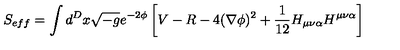
S _ { e f f } = \int d ^ { D } x \sqrt { - g } e ^ { - 2 \phi } \left[ V - R - 4 ( \nabla \phi ) ^ { 2 } + \frac { 1 } { 1 2 } H _ { \mu \nu \alpha } H ^ { \mu \nu \alpha } \right]